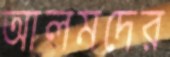
আলমদের